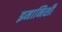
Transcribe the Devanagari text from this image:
इमानिशी